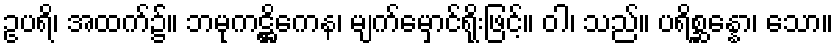
ဥပရိ၊ အထက်၌။ ဘမုကဋ္ဌိကေန၊ မျက်မှောင်ရိုးဖြင့်။ ဝါ၊ သည်။ ပရိစ္ဆန္နော၊ သော။